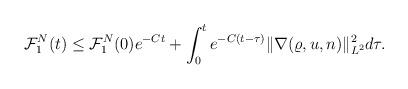
LaTeX: \begin{align*}\begin{aligned}\mathcal{F}^N_1(t)&\le \mathcal{F}^N_1(0)e^{-Ct}+\int_0^t e^{-C(t-\tau)}\|\nabla (\varrho, u, n)\|_{L^2}^2d\tau.\end{aligned}\end{align*}